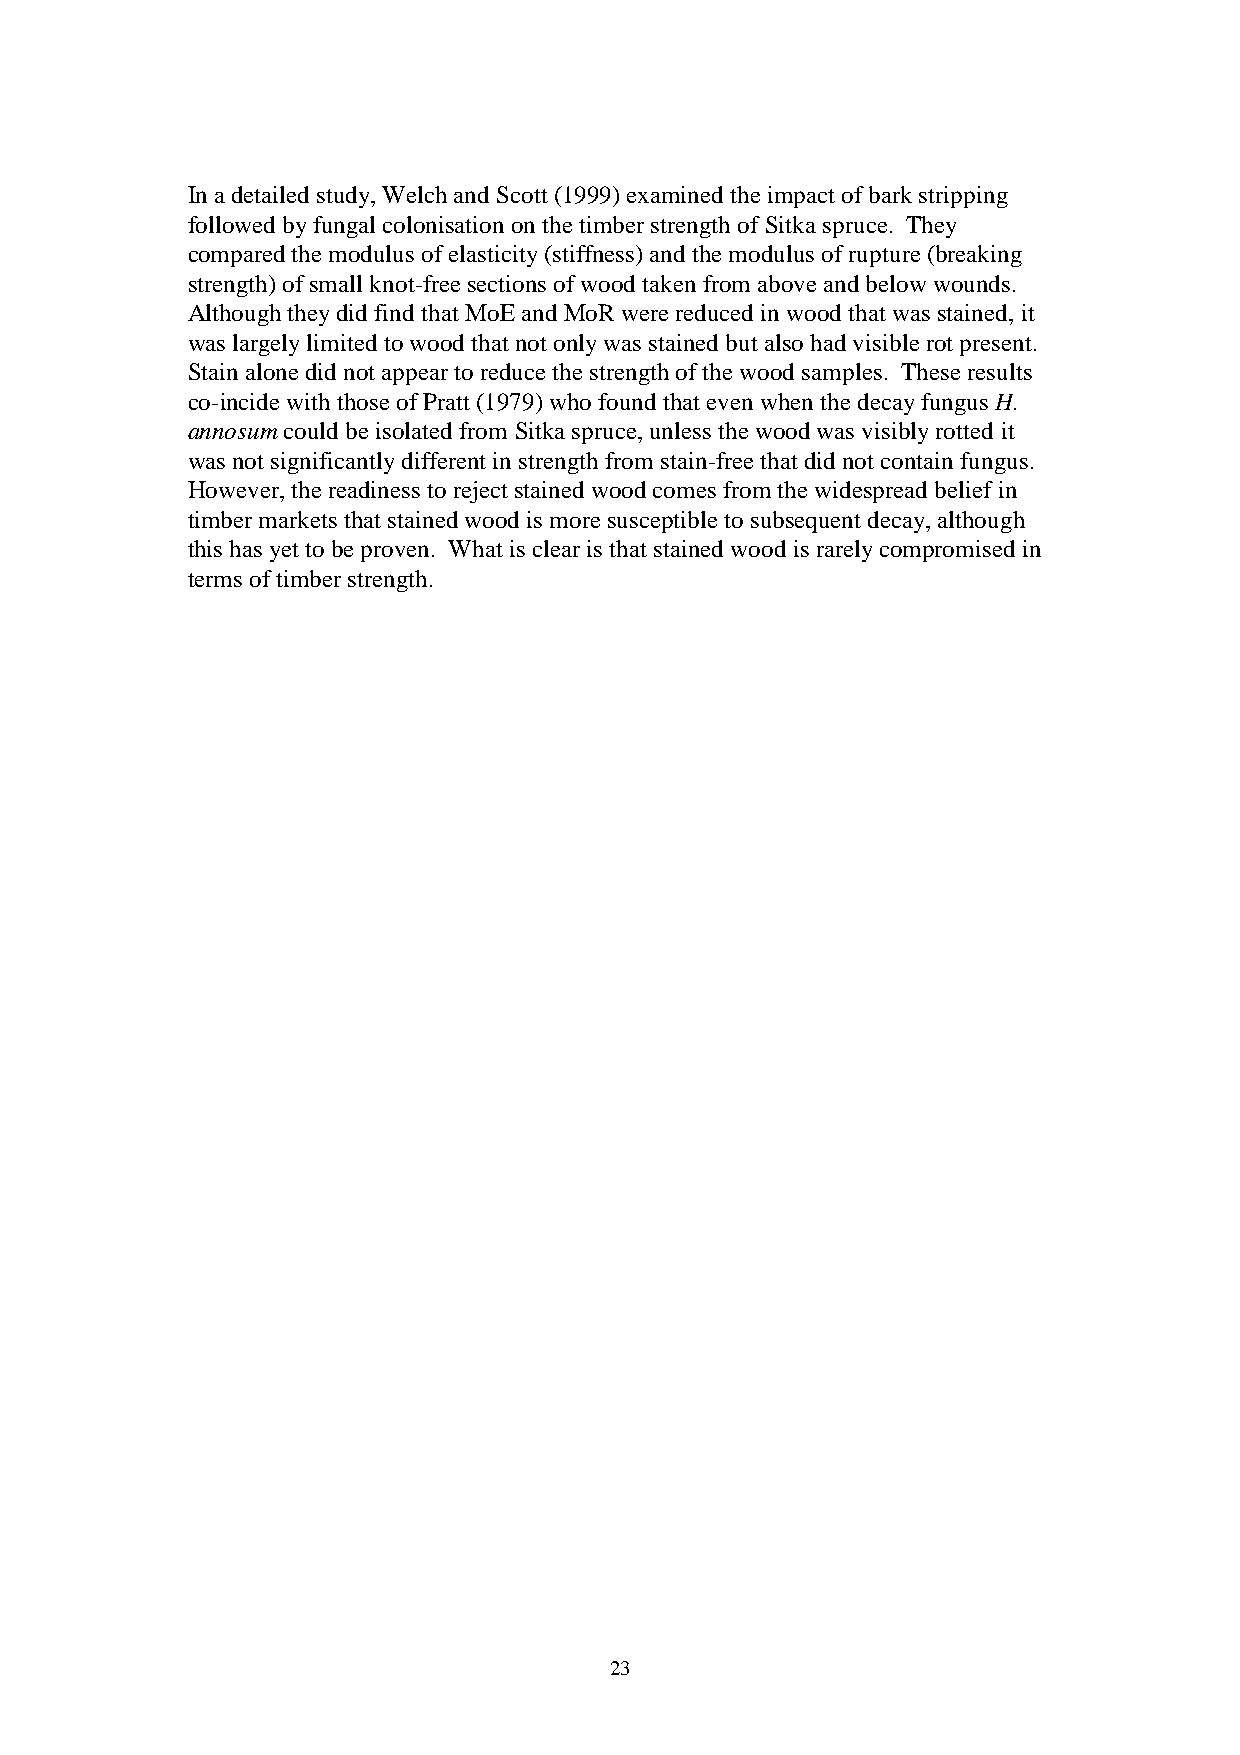
In a detailed study, Welch and Scott (1999) examined the impact of bark stripping
 followed by fungal colonisation on the timber strength of Sitka spruce. They
 compared the modulus of elasticity (stiffness) and the modulus of rupture (breaking
 strength) of small knot-free sections of wood taken from above and below wounds.
 Although they did find that MoE and MoR were reduced in wood that was stained, it
 was largely limited to wood that not only was stained but also had visible rot present.
 Stain alone did not appear to reduce the strength of the wood samples. These results
 co-incide with those of Pratt (1979) who found that even when the decay fungus H.
 annosum could be isolated from Sitka spruce, unless the wood was visibly rotted it
 was not significantly different in strength from stain-free that did not contain fungus.
 However, the readiness to reject stained wood comes from the widespread belief in
 timber markets that stained wood is more susceptible to subsequent decay, although
 this has yet to be proven. What is clear is that stained wood is rarely compromised in
 terms of timber strength.
 23